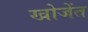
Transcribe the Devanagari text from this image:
खोजेंत